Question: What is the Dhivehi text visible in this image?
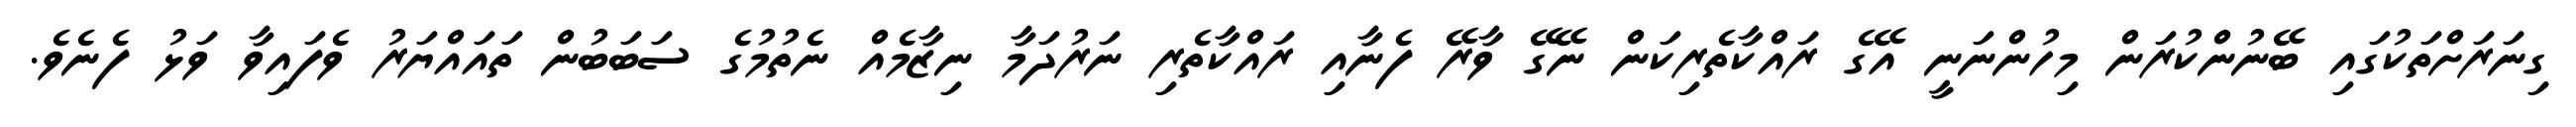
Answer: ގިނަރަށްތަކުގައި ބޭނުންކުރަން މިހުންނަނީ އޭގެ ރައްކާތެރިކަން ނޭގޭ ވާރޭ ފެނާއި ރައްކާތެރި ނަރުދަމާ ނިޒާމެއް ނެތުމުގެ ސަބަބުން ތައައްޔަރު ވެފައިވާ ވަޅު ފެނެވެ.